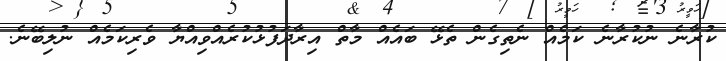
ކުރާނެ ނުކުރާނެ ކަމެއް ނެތިގެން ތެޅޭ ބައެއް މާތް އިރާދަފުޅުކުރެއްވިއްޔާ ވެރިކަމެއް ނުލިބޭނެ.